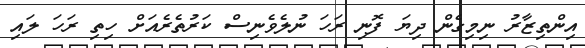
އިންތިޒާރު ނިމިގެން ދިޔަ ފޮނި ރަހަ ނުލެވެނިސް ކަރުތެރެއަށް ހިތި ރަހަ ލައި